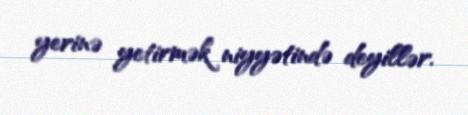
yerinə yetirmək niyyətində deyillər.